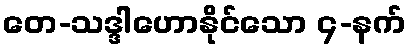
တေ-သဒ္ဒါဟောနိုင်သော ၄-နက်